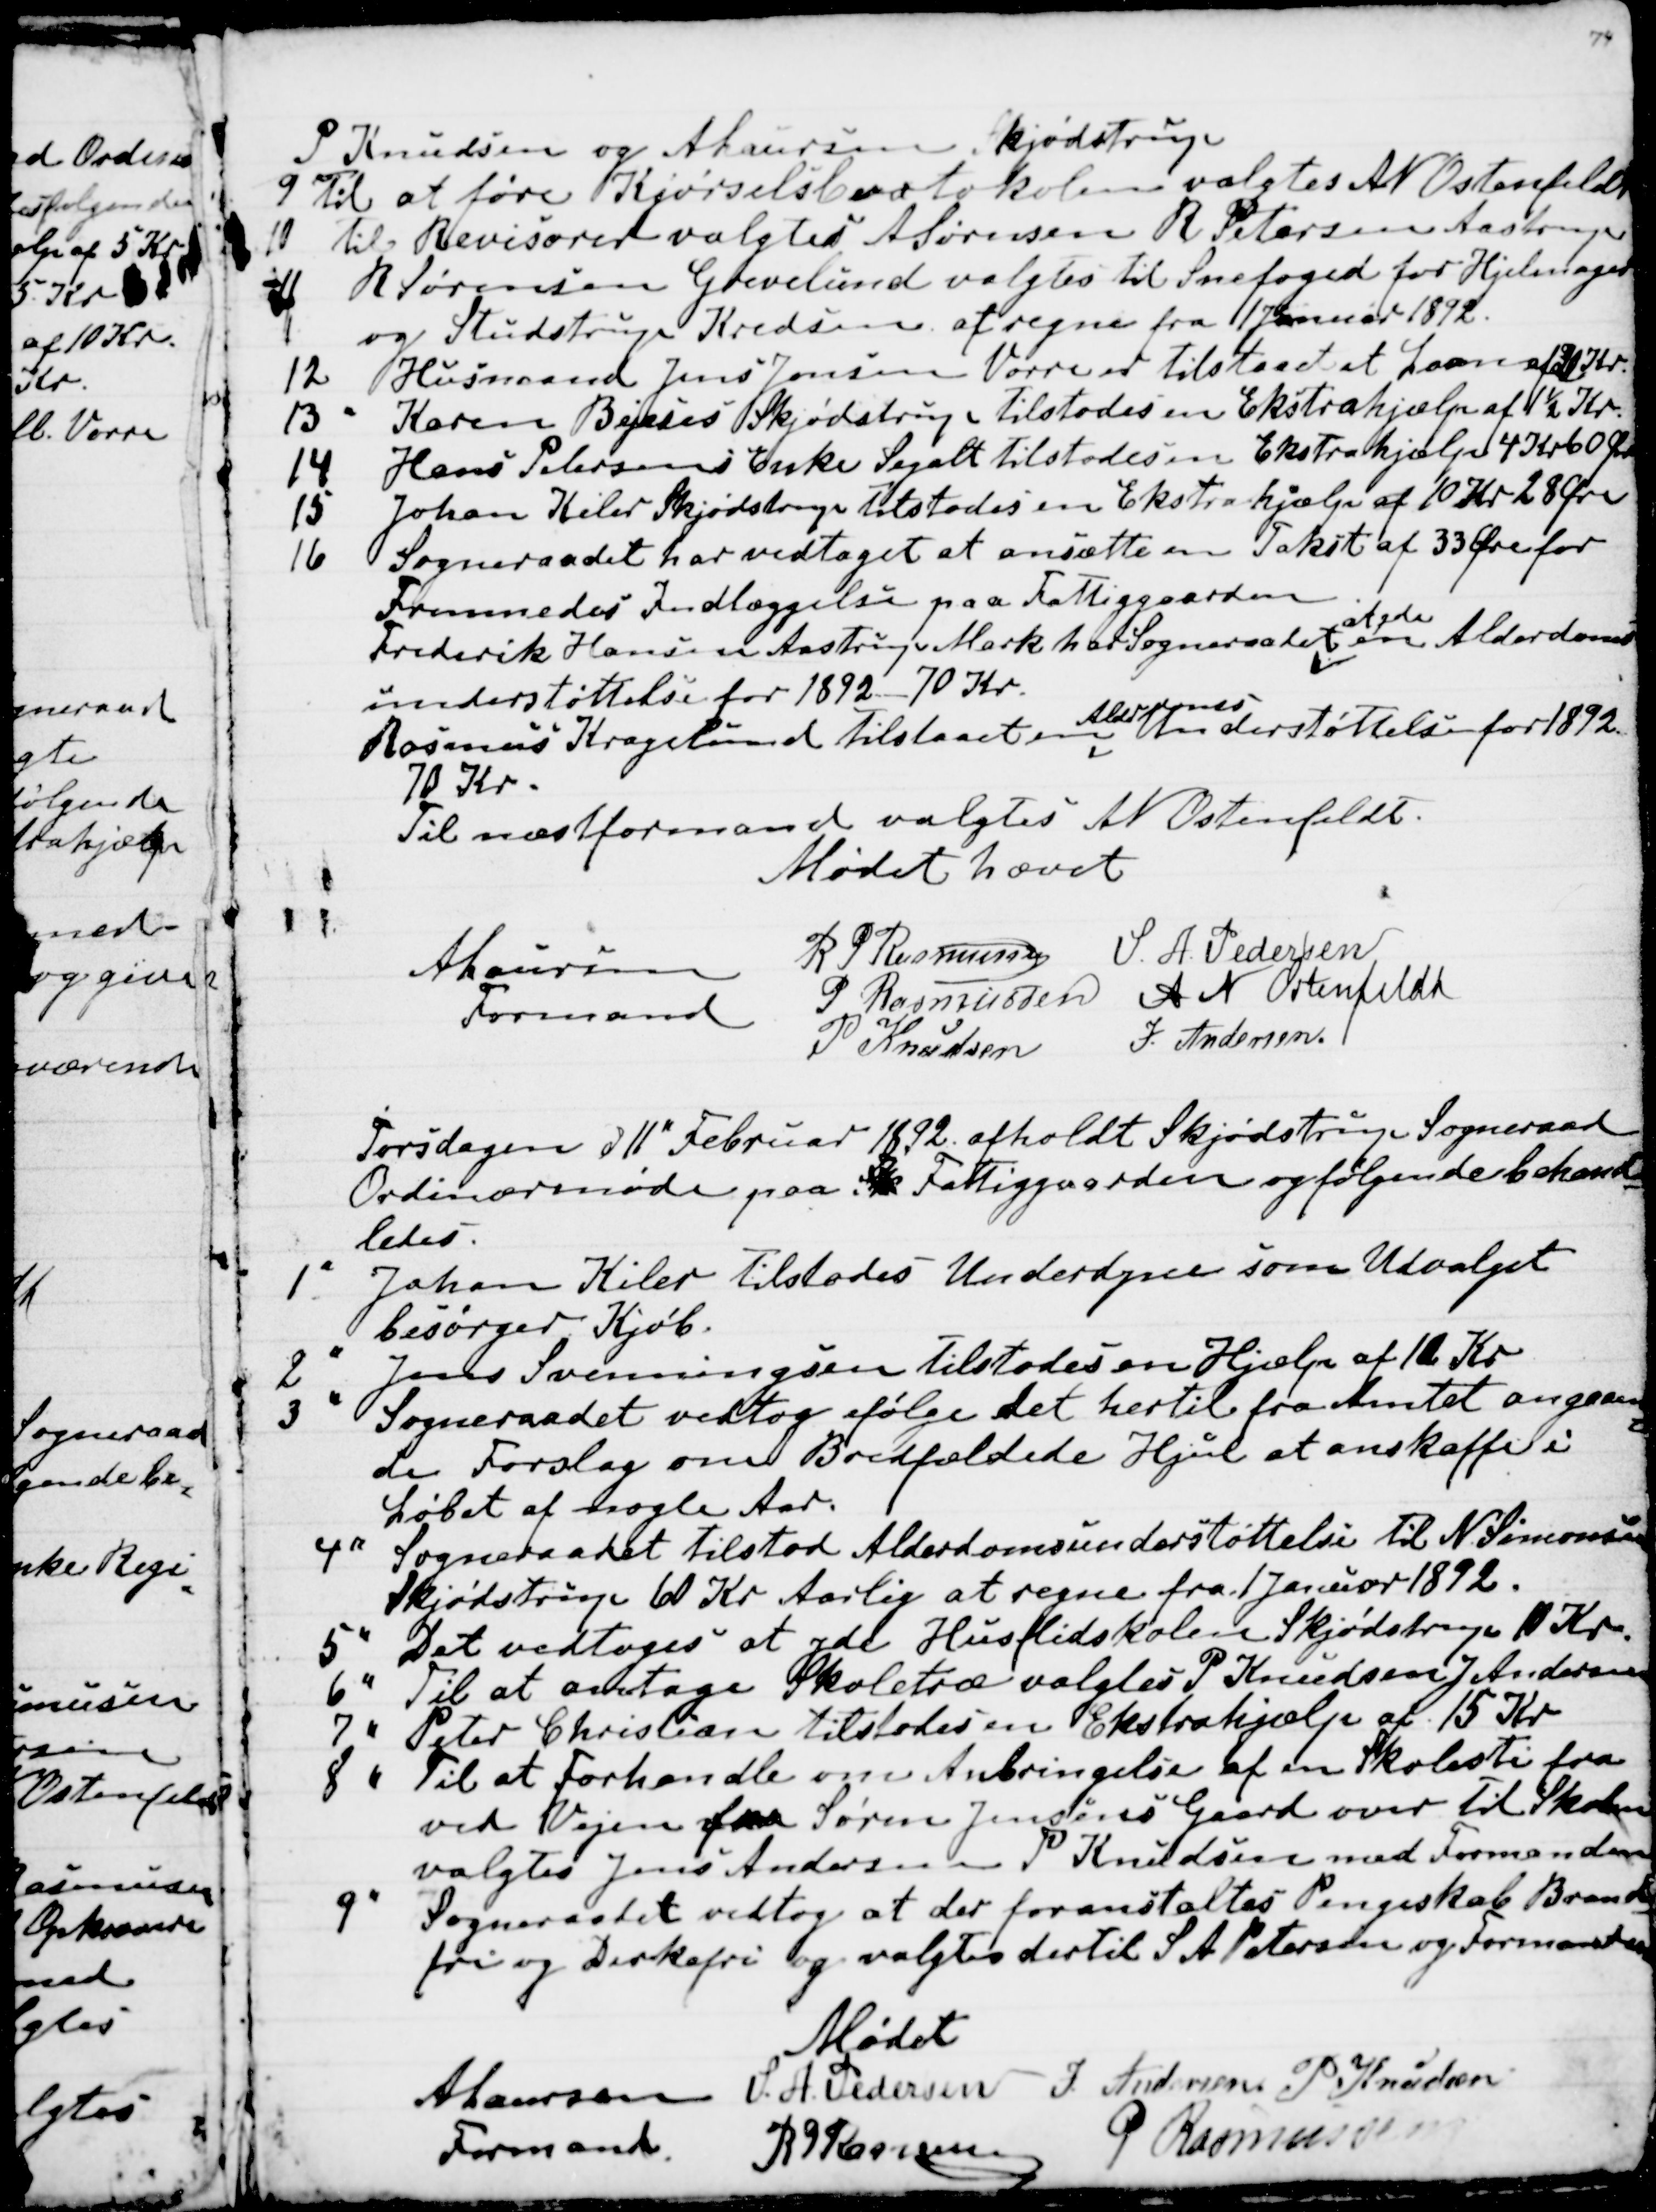
Transskription:
P Knudsen og A Laursen Skjødstrup
9 Til at føre Kjørselsbrotokolen valgtes A N Ostenfeldt
10 til Revisorer valgtes A Sørensen R Petersen Aastrup
11 R Sørensen Grevelund valgtes til Snefoged for Hjelmager 
og Studstrup Kredsen at regne fra 1 Januar 1892.
12 Husmand Jens Jensen Vorre er tilstaaet et Laan af 30 Kr.
13 " Karen Bejeses Skødstrup tilstodes en Ekstrahjælp af 1½ Kr.
14 Hans Petersens Enke Segalt tilstodes en Ekstrahjælp af 4 Kr. 60 Øre
15 Johan Kiler Skjødstrup tilstodes en Ekstrahjælp af 10 Kr 28 Øre
16 Sogneraadet har vedtaget at ansætte en Takst af 33 Øre for
Fremmedes Indlæggelse paa Fattiggaarden.
Frederik Hansen Aastrup Mark har Sogneraadet 
at yde
en Alderdoms-
understøttelse for 1892 - 70 Kr.
Rasmus Kragelund tilstaaet en 
Alderdoms-
Understøttelse for 1892.
70 Kr.
Til næstformand valgtes A N Ostenfeldt.
Mødet hævet
A Laursen
Formand
R P Rasmussen
S. A. Pedersen
P Rasmussen
A N Ostenfeldt
P Knudsen
J. Andersen

Torsdagen d 11" Februar 1892 afholdt Skjødstrup Sogneraad
Ordinærmøde paa Sk Fattiggaarden og følgende behand
-
ledes.
1" Johan Kiler tilstodes Underdyne som Udvalget
besørger Kjøb.
2" Jens Svenningsen tilstodes en Hjælp af 10 Kr
3" Sogneraadet vedtog ifølge det hertil fra Amtet angaaen
=
de Forslag om Bredfældede Hjul at anskaffe i
Løbet af nogle Aar.
4" Sogneraadet tilstod Alderdomsunderstøttelse til N. Simonsen
Skjødstrup 60 Kr. Aarlig at regne fra 1 Januar 1892.
5" Det vedtoges at yde Husflidsskolen Skjødstrup 10 Kr.
6" Til at antage Skoletræ valgtes P Knudsen J. Andersen
7" Peter Christian tilstodes en Ekstrahjælp af 15 Kr
8" 
Til at Forhandle om Anbringelse af en Skolesti fra
ved Vejen fra Søren Jensens Gaard over til Skolen
valgtes Jens Andersen P Knudsen med Formanden
9" Sogneraadet vedtog at der foranstaltes Pengeskab Brand
-
fri og Dirkefri og valgtes dertil S A Petersen og Formanden
Mødet
A Laursen
Formand
S. A. Pedersen 
J. Andersen  P Knudsen
R P Rasmussen
P Rasmussen